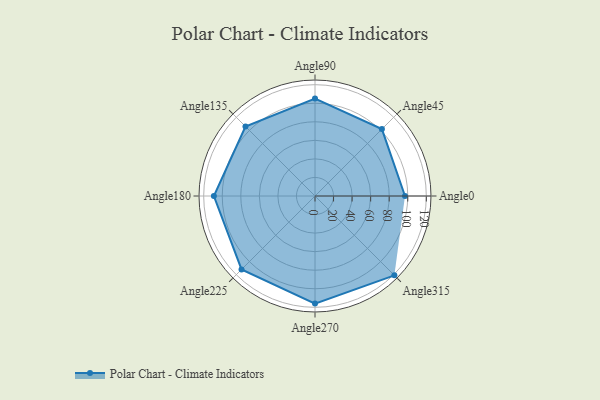
{"axis": {"x": "Angle", "y": "Radius"}, "legend": [""], "data": [{"x": "Angle0", "y": 97.0, "type": ""}, {"x": "Angle45", "y": 102.0, "type": ""}, {"x": "Angle90", "y": 105.0, "type": ""}, {"x": "Angle135", "y": 106.0, "type": ""}, {"x": "Angle180", "y": 109.0, "type": ""}, {"x": "Angle225", "y": 112.0, "type": ""}, {"x": "Angle270", "y": 116.0, "type": ""}, {"x": "Angle315", "y": 121.0, "type": ""}]}